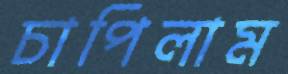
চাপিলাম